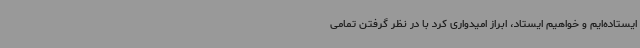
ایستاده‌ایم و خواهیم ایستاد، ابراز امیدواری کرد با در نظر گرفتن تمامی